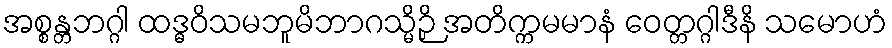
အစ္စန္တဘဂ္ဂါ ထဒ္ဓဝိသမဘူမိဘာဂသ္မိဉှိ အတိက္ကမမာနံ ဝေတ္တဂ္ဂါဒီနိ သမောဟံ